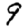
Digit: 9